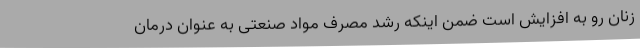
زنان رو به افزایش است ضمن اینکه رشد مصرف مواد صنعتی به عنوان درمان